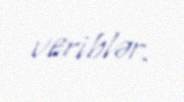
veriblər.